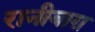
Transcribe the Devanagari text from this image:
रानीबाग़